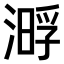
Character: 𣼔